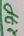
Text: 27p